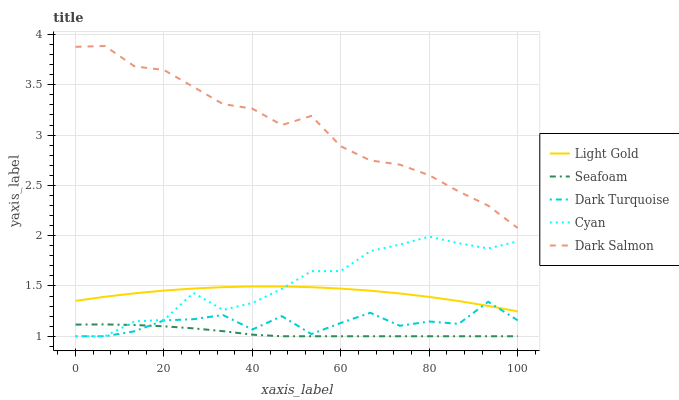
| xaxis_label | Light Gold | Seafoam | Dark Turquoise | Cyan | Dark Salmon |
 | --- | --- | --- | --- | --- | --- |
 | 0 | 1.35 | 1.12 | 1 | 1 | 3.88 |
 | 6.67 | 1.39 | 1.12 | 1 | 1 | 3.89 |
 | 13.3 | 1.43 | 1.11 | 1.05 | 1.15 | 3.68 |
 | 20 | 1.45 | 1.1 | 1.16 | 1.16 | 3.65 |
 | 26.7 | 1.47 | 1.08 | 1.17 | 1.43 | 3.48 |
 | 33.3 | 1.49 | 1.05 | 1.21 | 1.26 | 3.31 |
 | 40 | 1.49 | 1.02 | 1.07 | 1.33 | 3.26 |
 | 46.7 | 1.49 | 1 | 1.2 | 1.47 | 3.1 |
 | 53.3 | 1.49 | 1 | 1.02 | 1.65 | 3.19 |
 | 60 | 1.47 | 1 | 1.13 | 1.65 | 2.89 |
 | 66.7 | 1.45 | 1 | 1.23 | 1.85 | 2.75 |
 | 73.3 | 1.43 | 1 | 1.1 | 1.91 | 2.71 |
 | 80 | 1.39 | 1 | 1.15 | 1.99 | 2.6 |
 | 86.7 | 1.35 | 1 | 1.12 | 1.92 | 2.44 |
 | 93.3 | 1.3 | 1 | 1.34 | 1.87 | 2.3 |
 | 100 | 1.25 | 1 | 1.16 | 1.94 | 2.08 |